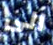
الى